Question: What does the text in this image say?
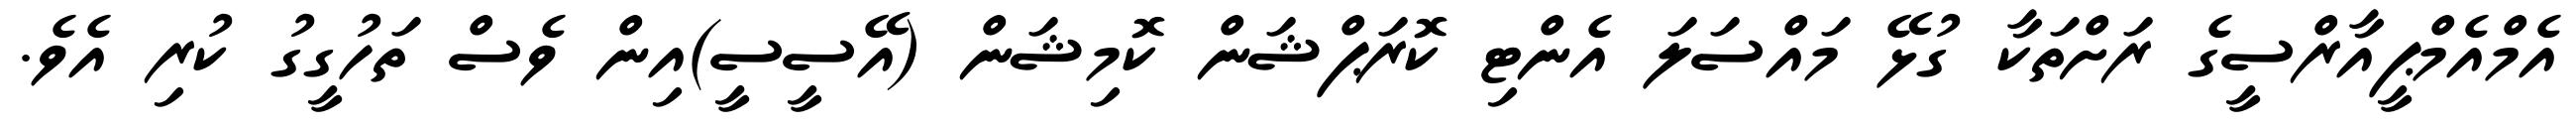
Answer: އެމްއެމްޕީއާރްސީގެ ރަށްތަކާ ގުޅޭ މައްސަލަ އެންޓި ކޮރަޕްޝަން ކޮމިޝަން (އޭސީސީ)އިން ވެސް ތަހުގީގު ކުރި އެވެ.